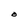
Character: O